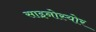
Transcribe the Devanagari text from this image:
साइनोस्योर